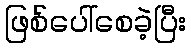
ဖြစ်ပေါ်စေခဲ့ပြီး